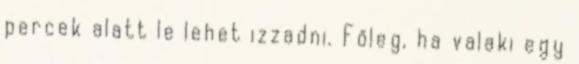
percek alatt le lehet izzadni. Főleg, ha valaki egy